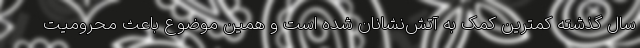
سال گذشته کمترین کمک به آتش‌نشانان شده است و همین موضوع باعث محرومیت